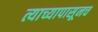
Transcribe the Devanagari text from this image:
त्याच्यापासूनच